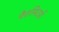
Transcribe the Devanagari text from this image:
पैरामिटर्स